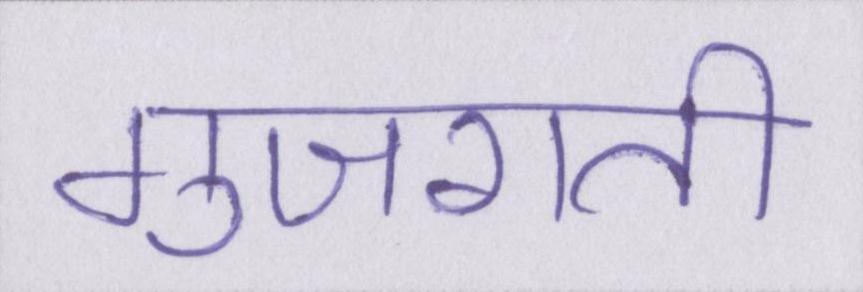
गुजराती